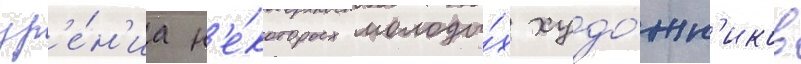
зр'е́н'иа н'е́которых молоды́х худо́жн'иков